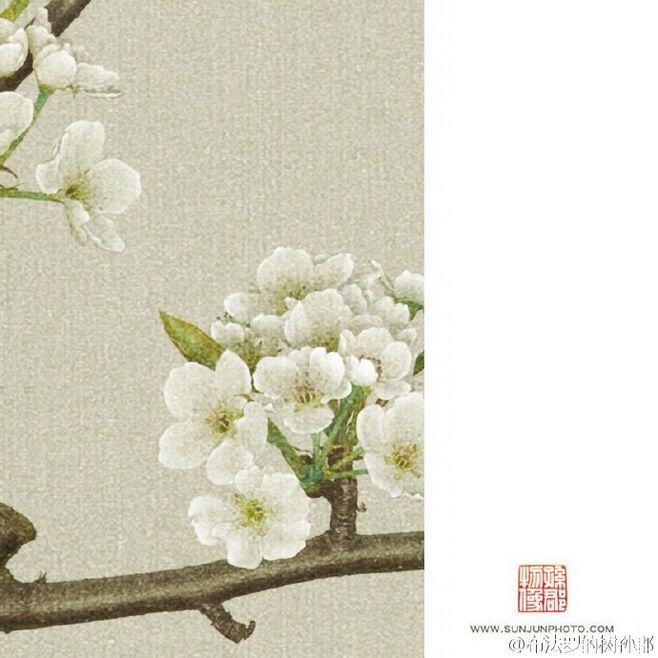
纱窗日落渐黄昏，金屋无人见泪痕。